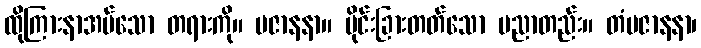
ထိုကြားနာအပ်သော တရားကို။ ပဇာနနာ။ ပိုင်းခြားတတ်သော ပညာတည်း။ တံပဇာနနာ၊